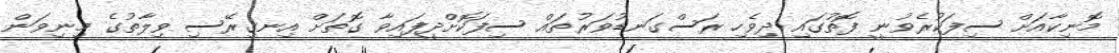
މޮނިކާއަށް ސިފަކުރެވުނީ ފޮތުގައި ދިވެހި ރަސްގަނޑުވަރުތައް ސިފަކޮށްދީފައިވާ ގޮތަށް އިނގިރޭސި ވިލާތުގެ މިނިވަން